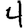
Digit: 4